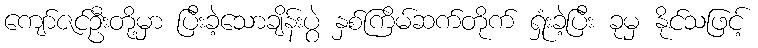
ကျော်ဇင်ဦးတို့မှာ ပြီးခဲ့သောချိန်းပွဲ နှစ်ကြိမ်ဆက်တိုက် ရှုံးခဲ့ပြီး ခုမှ နိုင်သဖြင့်